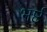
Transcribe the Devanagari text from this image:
भर्ष्ट